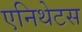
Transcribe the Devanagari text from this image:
एनिथेटस